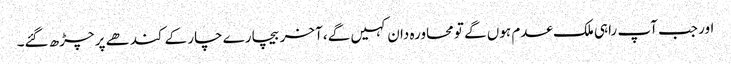
اور جب آپ راہی ملک عدم ہوں گے تو محاورہ دان کہیں گے، آخر بیچارے چار کے کندھے پر چڑھ گئے۔